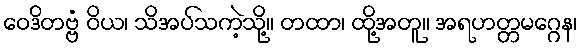
ဝေဒိတဗ္ဗံ ဝိယ၊ သိအပ်သကဲ့သို့။ တထာ၊ ထို့အတူ။ အရဟတ္တမဂ္ဂေန၊